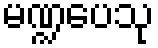
မဏ္ဍပေသု